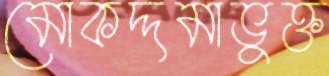
মোকদ্দমাভুক্ত